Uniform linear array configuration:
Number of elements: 16
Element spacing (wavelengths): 0.25
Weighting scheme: binomial
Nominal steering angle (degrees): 15
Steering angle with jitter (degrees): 15.477
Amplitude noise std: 0.05
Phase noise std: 0.05

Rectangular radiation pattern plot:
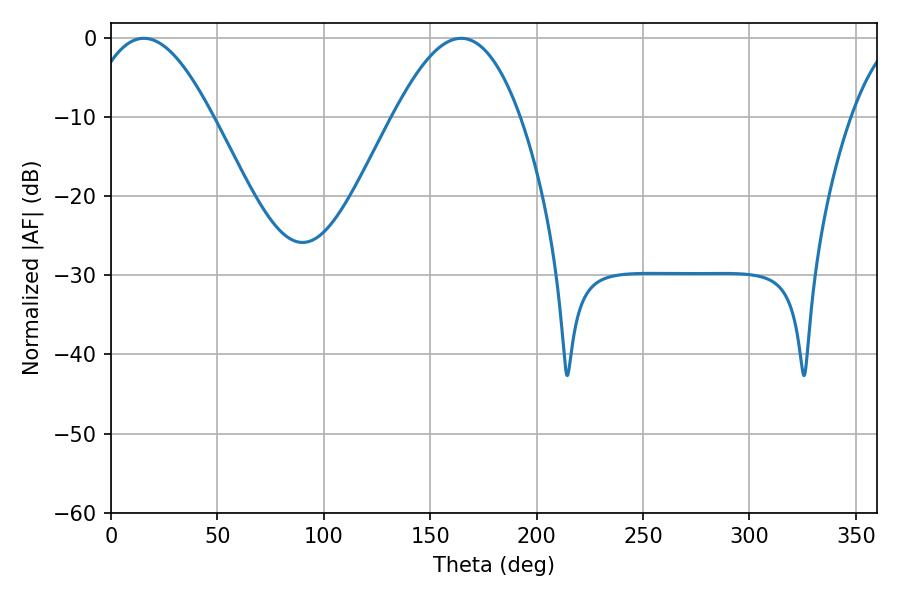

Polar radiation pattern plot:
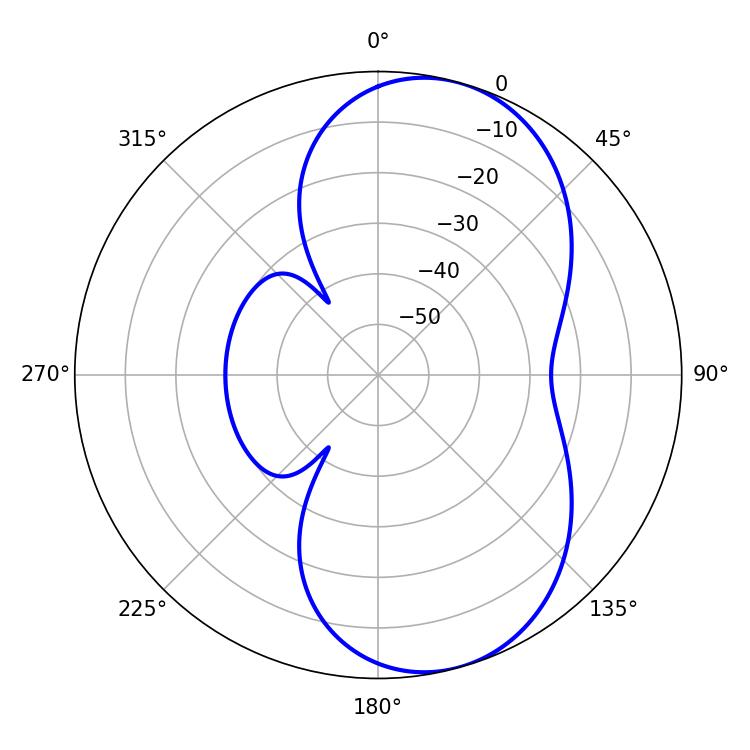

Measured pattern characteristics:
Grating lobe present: FALSE
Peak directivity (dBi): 7.549
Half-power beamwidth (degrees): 32.4
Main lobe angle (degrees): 15.48